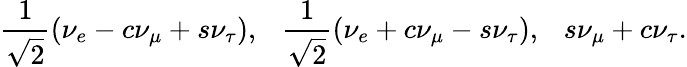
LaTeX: {\frac{1}{\sqrt 2}}(\nu_{e}-c\nu_{\mu}+s\nu_{\tau}),~~~{\frac{1}{\sqrt 2}}(\nu_{e}+c\nu_{\mu}-s\nu_{\tau}),~~~s\nu_{\mu}+c\nu_{\tau}.